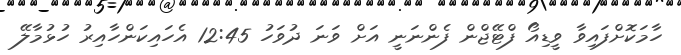
ހާމަކޮށްފައިވާ ވީޑިއޯ ފްޓޭޖްން ފެންނަނީ އަށް ވަނަ ދުވަހު 12:45 އެހައިކަންހާއިރު ހުޅުމާލޭ